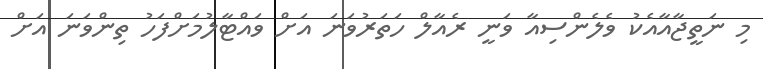
މި ނަތީޖާއާއެކު ވެލެންސިއާ ވަނީ ރެއާލް ހަތަރުވަނަ އަށް ވައްޓާލުމަށްފަހު ތިންވަނަ އަށް